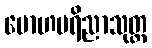
မောဟပရိညာသုတ္တ